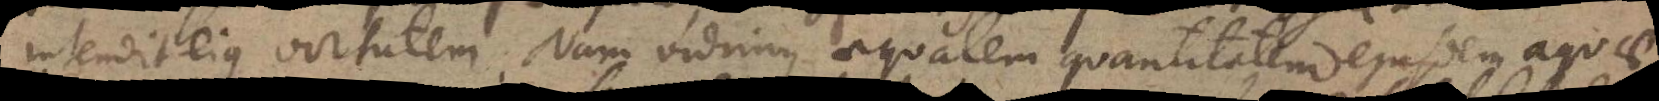
intendit ejus virtutem. Nam vidimus aequalem quantitatem ejusdem aquae